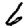
Digit: 6